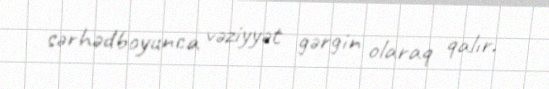
sərhədboyunca vəziyyət gərgin olaraq qalır.